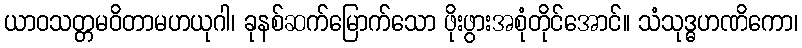
ယာဝသတ္တမဝိတာမဟယုဂါ၊ ခုနစ်ဆက်မြောက်သော ဖိုးဖွားအစုံတိုင်အောင်။ သံသုဒ္ဓဟဏိကော၊